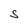
Character: S